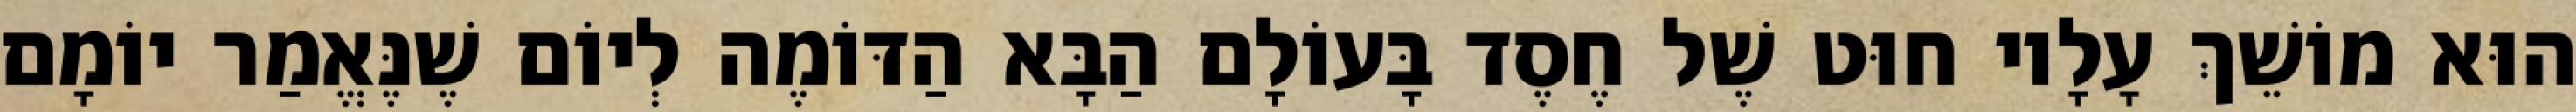
הוּא מוֹשֵׁךְ עָלָיו חוּט שֶׁל חֶסֶד בָּעוֹלָם הַבָּא הַדּוֹמֶה לְיוֹם שֶׁנֶּאֱמַר יוֹמָם